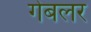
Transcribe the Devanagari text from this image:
गेबलर